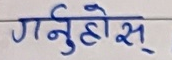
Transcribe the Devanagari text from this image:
गर्नुहोस्